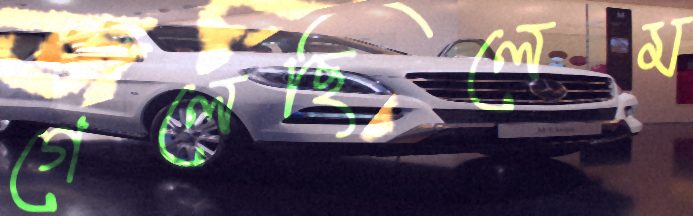
গেলেছিলেম